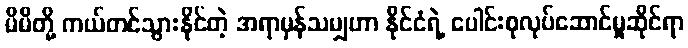
မိမိတို့ ကယ်တင်သွားနိုင်တဲ့ အရာမှန်သမျှဟာ နိုင်ငံရဲ့ ပေါင်းစုလုပ်ဆောင်မှုဆိုင်ရာ